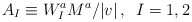
\begin{align*}A_{I}\equiv W_{I}^{a}M^{a}/|v|\, ,\, \, \, I=1,2\end{align*}